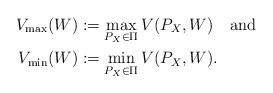
LaTeX: \begin{align*}V_{\max}(W)& :=\max_{P_X \in\Pi } V(P_X,W) \quad\mbox{and} \\V_{\min}(W)&:=\min_{P_X\in\Pi } V(P_X,W) . \end{align*}